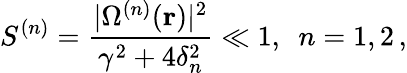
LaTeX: S^{(n)}=\frac{|\Omega^{(n)}({\mathbf r})|^{2}}{\gamma^{2}+4\delta_{n}^{2}}\ll 1,\, \, \, n=1,2\, ,